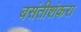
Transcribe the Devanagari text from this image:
बसंतीशंकरा